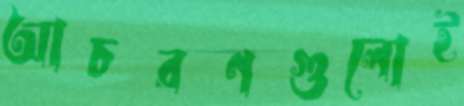
আচরণগুলোই